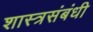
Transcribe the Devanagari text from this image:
शास्त्रसंबंधी